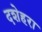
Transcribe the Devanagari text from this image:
दशेहरा